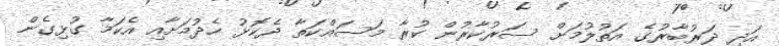
އަދި ދަރުބާރުގެ އަތުލުމަށް ސަރުކާރުން ކުރާ މަސައްކަތާ ދެކޮޅު ހެދުމަށާއި އެކަމާ ގުޅިގެން